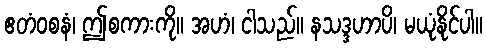
ဧတံဝစနံ၊ ဤစကားကို။ အဟံ၊ ငါသည်။ နသဒ္ဒဟာပိ၊ မယုံနိုင်ပါ။